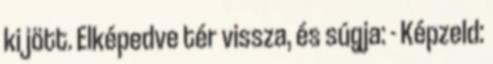
ki jött. Elképedve tér vissza, és súgja: - Képzeld: